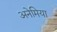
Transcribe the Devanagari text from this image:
अनेमिया